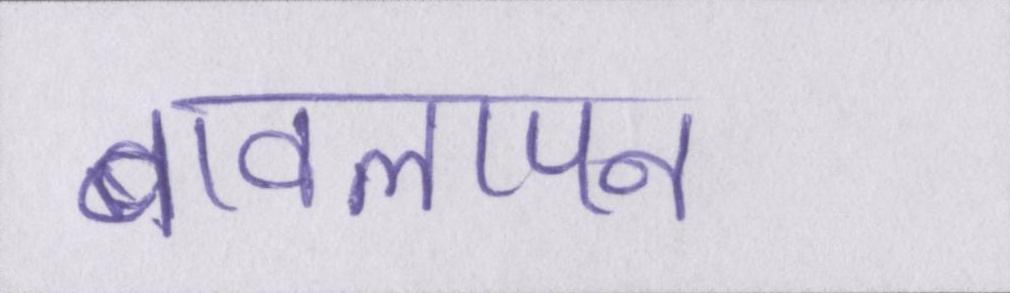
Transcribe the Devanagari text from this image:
बावलापन